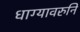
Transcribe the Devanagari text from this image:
धाग्यावरुनि